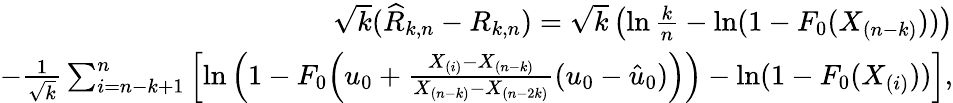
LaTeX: \begin{array}{r}{\sqrt{k}(\widehat{R}_{k,n}-R_{k,n})=\sqrt{k}\left(\ln\frac{k}{n}-\ln(1-F_{0}(X_{(n-k)}))\right)}\\ {-\frac{1}{\sqrt{k}}\sum_{i=n-k+1}^{n}\left[\ln\left(1-F_{0}\Big(u_{0}+\frac{X_{(i)}-X_{(n-k)}}{X_{(n-k)}-X_{(n-2k)}}(u_{0}-\hat{u}_{0})\Big)\right)-\ln(1-F_{0}(X_{(i)}))\right],}\end{array}